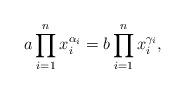
LaTeX: \begin{align*}a \prod_{i=1}^n x_i^{\alpha_i} = b \prod_{i=1}^n x_i^{\gamma_i},\end{align*}